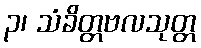
၃၊ သံခိတ္တဗလသုတ္တ